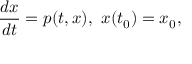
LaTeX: { \frac { d x } { d t } } = p ( t , x ) , ~ x ( t _ { 0 } ) = x _ { 0 } ,